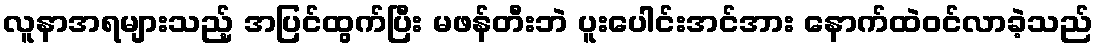
လူနာအရများသည့် အပြင်ထွက်ပြီး မဖန်တီးဘဲ ပူးပေါင်းအင်အား နောက်ထဲဝင်လာခဲ့သည်